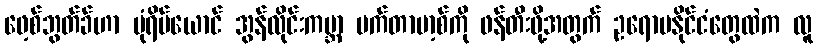
ဖေ့စ်ဘွတ်ခ်ဟာ ပုံရိပ်ယောင် အွန်လိုင်းကမ္ဘာ မက်တာဗာ့စ်ကို ဖန်တီးဖို့အတွက် ဥရောပနိုင်ငံတွေထဲက လူ